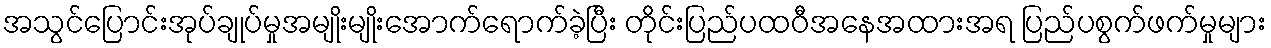
အသွင်ပြောင်းအုပ်ချုပ်မှုအမျိုးမျိုးအောက်ရောက်ခဲ့ပြီး တိုင်းပြည်ပထဝီအနေအထားအရ ပြည်ပစွက်ဖက်မှုများ